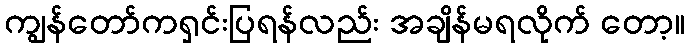
ကျွန်တော်ကရှင်းပြရန်လည်း အချိန်မရလိုက် တော့။